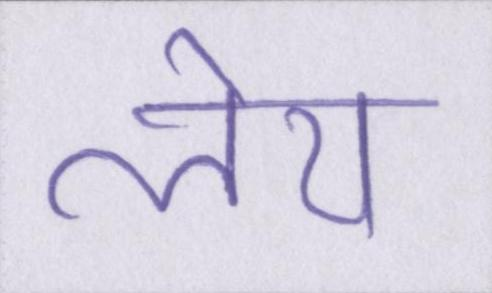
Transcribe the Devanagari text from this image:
लेय